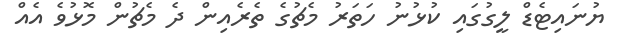
ޔުނައިޓެޑް ލީގުގައި ކުޅުނު ހަތަރު މެޗުގެ ތެރެއިން ދެ މެޗުން މޮޅުވެ އެއް